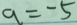
a = - 5